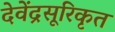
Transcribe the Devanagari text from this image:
देवेंद्रसूरिकृत